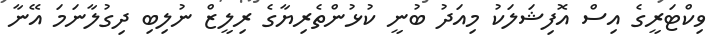
ވިކްޓަރީގެ އިސް އޮފިޝަލަކު މިއަދު ބުނީ ކުޅުންތެރިޔާގެ ރިލީޒް ނުލިބި ދިގުލާނަމަ އޭނާ